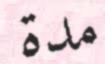
مدة